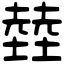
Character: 龳